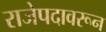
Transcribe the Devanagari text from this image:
राजेपदावरून